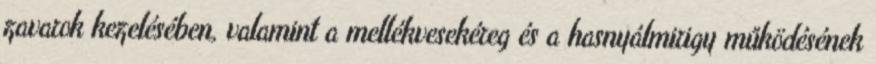
zavarok kezelésében, valamint a mellékvesekéreg és a hasnyálmirigy működésének